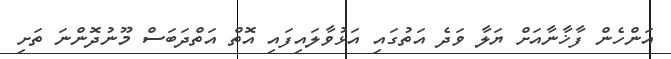
އަންހެން ފާޚާނާއަށް ޔަލާ ވަދެ އަތުގައި އަޅުވާލައިފައި އޮތް އަތްދަބަސް މޫނުދޮންނަ ތަށި